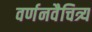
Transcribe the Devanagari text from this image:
वर्णनवैचित्र्य